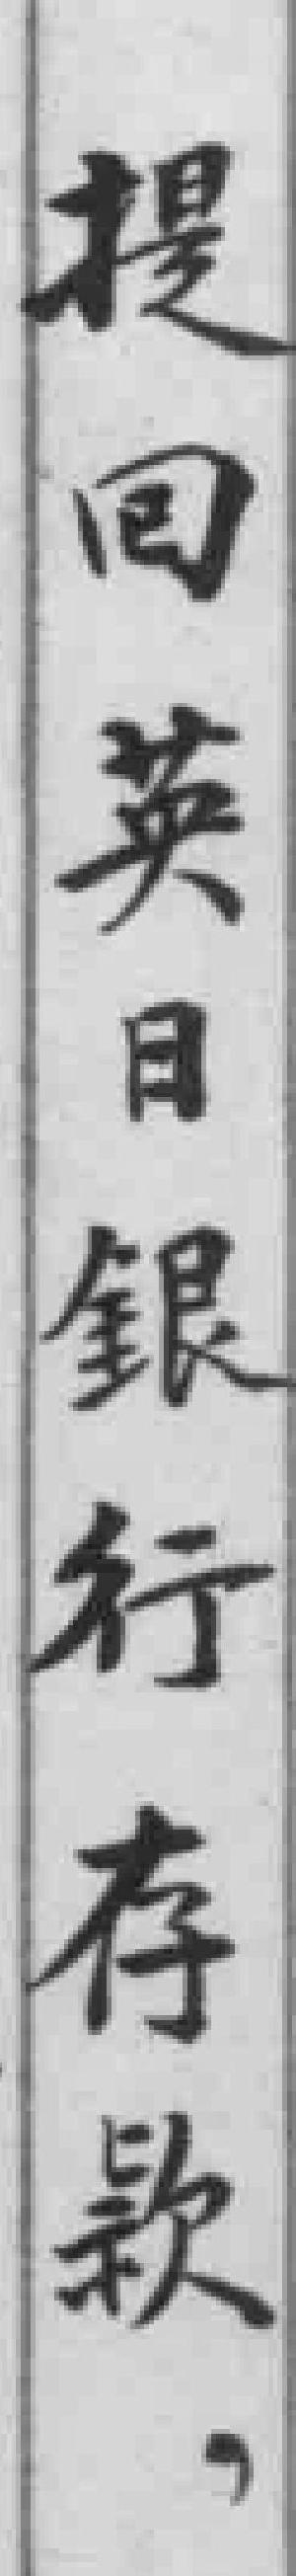
提回英日銀行存款，